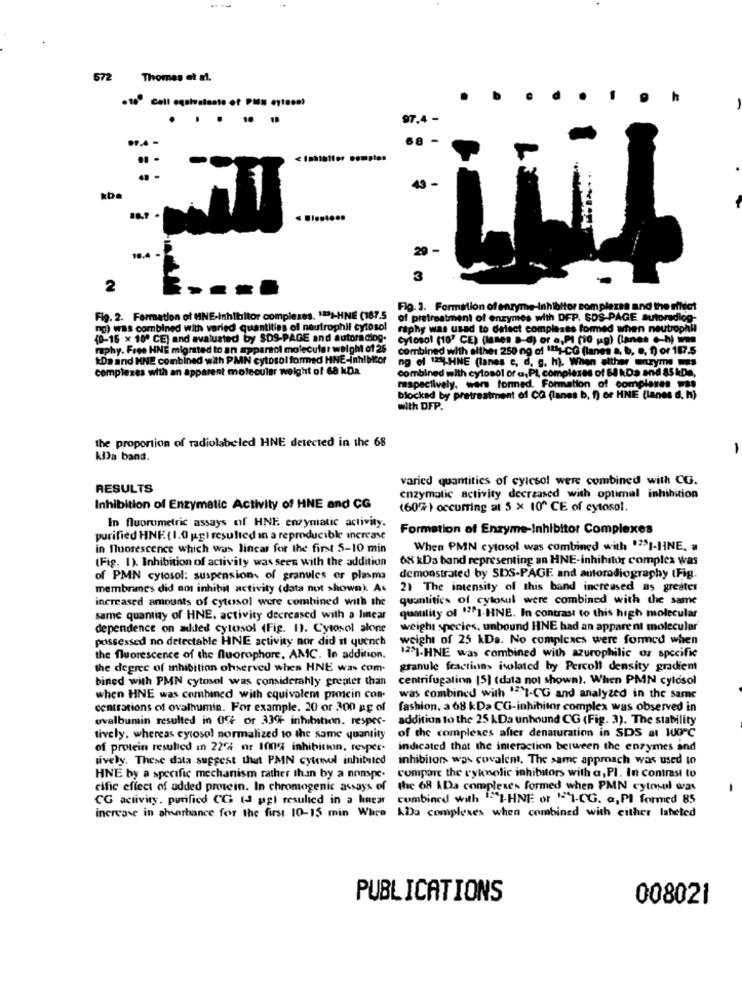
--
572
Thomas et al.
.100 cell equivalents of Pan cytocal
....
97.4 -
. .
43 -
29 -
10.4 .
3
2
Fig. 3. Formation of enzyme-Inhibitor complexes and the rifdet
Fig. 2. Formation of MNE-Inhibitor complexes. 12)-HNE (187.5
of pretreatment of enzymes with DFP. SDS-PAGE autoradice-
ng) was combined with varied quantities of neutrophil cytosol raphy was used to detect complexes formed when neutrophil
(0-16 x 10º CE) and avaluated by SDS-PAGE and autoradiog.
cytosol (10' CE) (lunes a-d) or a,PI (10 ug) (lanen c-h) w
raphy. Free HNE migrated to an apparsol molecular weight of 26
combined with either 250 ng of 1117-CG (lanes a, b, e, f) or 187.5
kDa and HNE combined with PMN cytosol formed HNE-Inhibitor
ng of 124-HNE (lanes c, d, g, h). When alther enzyme mas
complexes with an apparent molecular weight of 68 kDa
combined with cytosol ora,PI, complexes of 68 kDa and 85 kDe,
respectively, were formed. Formation of complexes was
blocked by pretreatment of CO (lanes b. f) or HNE (lanes d. h)
with DFP.
the proportion of radiolabeled HNE detected in the 68
kDa band.
varied quantities of cylcsol were combined with CG.
RESULTS
enzymatic activity deerzased with optimal inhibition
Inhibition of Enzymatic Activity of HNE and CG
(60% ) occurring a1 5 x 10º CE of cytosol.
In fluorumetric assays of HNE enzymatic activity.
Formation of Enzyme-Inhibitor Complexes
purified HNE ( 1.0 ugl resulted in a reproducible increase
in fluorescence which was linear for the first 5-10 min
When PMN cytosol was combined with "23I-HNE. a
(Fig. 1). Inhibition of activity was seen with the addition
68 kDa band representing an HNE-inhibitor complex was
of PMN cytosol: suspension of granules or plasma
demonstrated by SDS-PAGE and autoradiography (Fig.
membranes did not inhibit activity (data not shown). As
2) The intensity of this band increased as greater
increased amounts of cytosol were combined with the
quantities of cytosul were combined with the same
same quantity of HNE. activity decreased with a linear
quality of "2"]-HNE. In contrast to this high molecular
dependence on added cytosol (Fig. 1). Cytosol alone
weight species, unbound HNE had an apparent molecular
possessed no detectable HNE activity nor did it quench
weight of 25 kDa. No complexes were formed when
the fluorescence of the fluorophore, AMC. In addition.
12M-HNE was combined with azurophilic or specific
the degree of inhibition ohserved when HNE was com-
granule fractions isolated by Percolt density gradiem
bined with PMN cytosol was considerably greater than
centrifugation (5) (data not shown). When PMN cytosol
when HNE was combined with cquivolem proicin con-
was combined with ""I-CG and analyzed in the same
centrations of ovalhumin. For example. 20 or 300 ag of
fashion, a 68 kDa CG-inhibitor complex was observed in
ovalbumin resulted in 05 or 33% inhibition. respec-
addition to the 25 kDa unhound CG (Fig. 3). The stability
tively. whereas cytosol normalized to the same quantity
of the complexes after denaturation in SDS at 10 ℃
of protein resulted in 22'4 nr 100% inhibition, reyper-
indicated that the interaction between the enzymes and
lively. These data suggest that PMN cytovol inhibited
inhibitors was covalent. The same approach was used to
HNE by a specific mechanism rather than by a nomspe.
compare the cytensolic inhibitors with a, PI. In contrast to
cific effect of added protein. In chromogenic assays of the 68 kDa complexes formed when PMN cytosol was
CG activity. purified CG (J pgl resulted in a linear
combined with I-HNE or "I-CG. a, PI formed 85
increase in absorbance for the first 10-15 min Ware kDa complexes when combined with cither laheted
PUBLICATIONS
008021